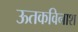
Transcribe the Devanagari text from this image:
ऊतकविनाश